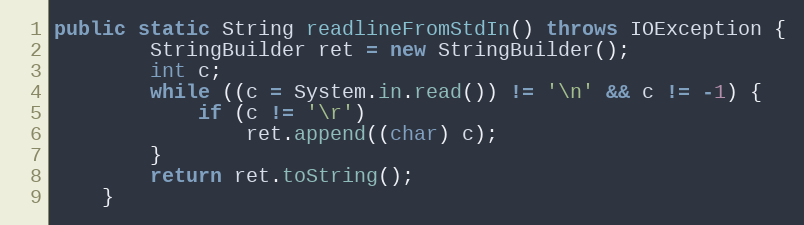
Language: Java
public static String readlineFromStdIn() throws IOException {
		StringBuilder ret = new StringBuilder();
		int c;
		while ((c = System.in.read()) != '\n' && c != -1) {
			if (c != '\r')
				ret.append((char) c);
		}
		return ret.toString();
	}